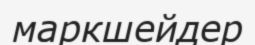
маркшейдер